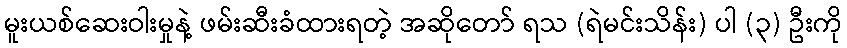
မူးယစ်ဆေးဝါးမှုနဲ့ ဖမ်းဆီးခံထားရတဲ့ အဆိုတော် ရသ (ရဲမင်းသိန်း) ပါ (၃) ဦးကို